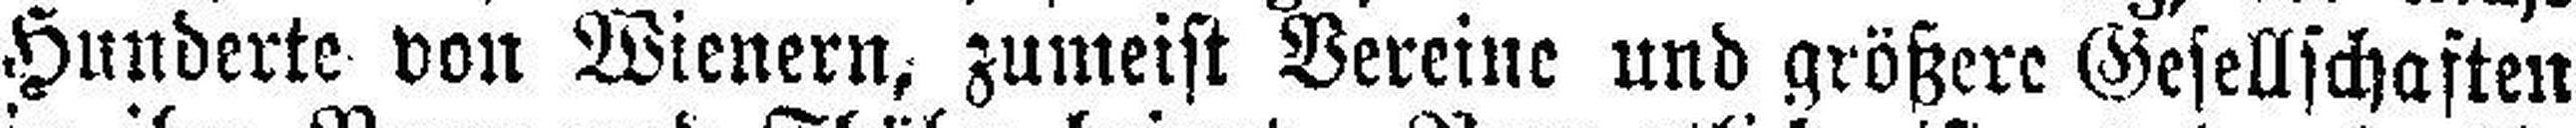
Hunderte von Wienern, zumeist Vereine und größere Gesellschaften